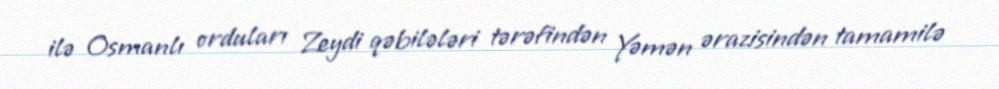
ilə Osmanlı orduları Zeydi qəbilələri tərəfindən Yəmən ərazisindən tamamilə